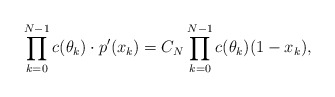
\begin{align*}\prod \limits_{k=0}^{N-1} c(\theta_k) \cdot p'(x_k) = C_N \prod \limits_{k=0}^{N-1} c(\theta_k)(1-x_k),\end{align*}